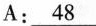
A:\underline{48}